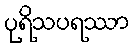
ပုရိသပရဿာ